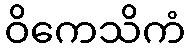
ဝိကေသိကံ